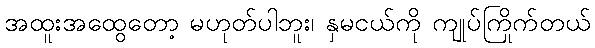
အထူးအထွေတော့ မဟုတ်ပါဘူး၊ နှမငယ်ကို ကျုပ်ကြိုက်တယ်